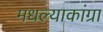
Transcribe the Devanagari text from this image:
मधल्याकांग्रा